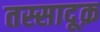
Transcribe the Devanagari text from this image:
तस्सादूक़